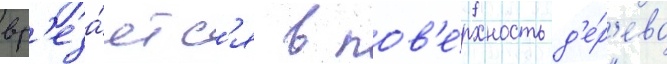
вр'еза́етс'я в пов'е́рхность д'е́р'ева